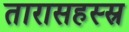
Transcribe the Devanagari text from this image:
तारासहस्स्र